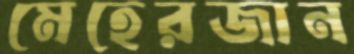
মেহেরজান